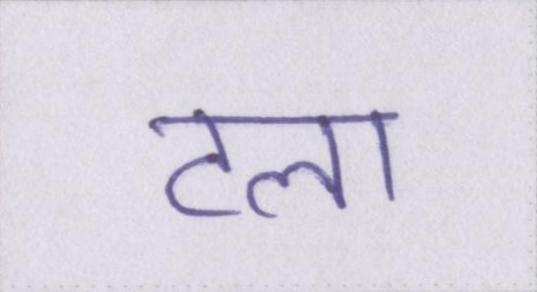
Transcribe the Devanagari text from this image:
टला